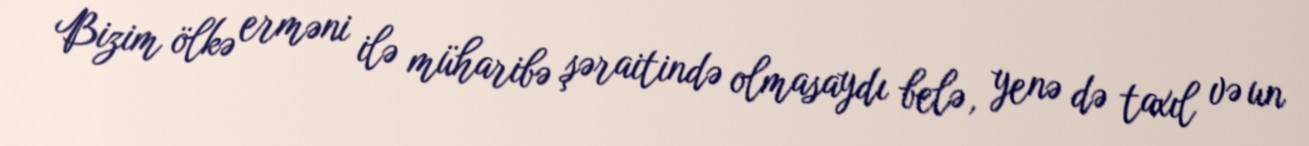
Bizim ölkə erməni ilə müharibə şəraitində olmasaydı belə, yenə də taxıl və un